Annual statistical returns and brief notes on vaccination in Bengal - 1896-1909
Year: 1896
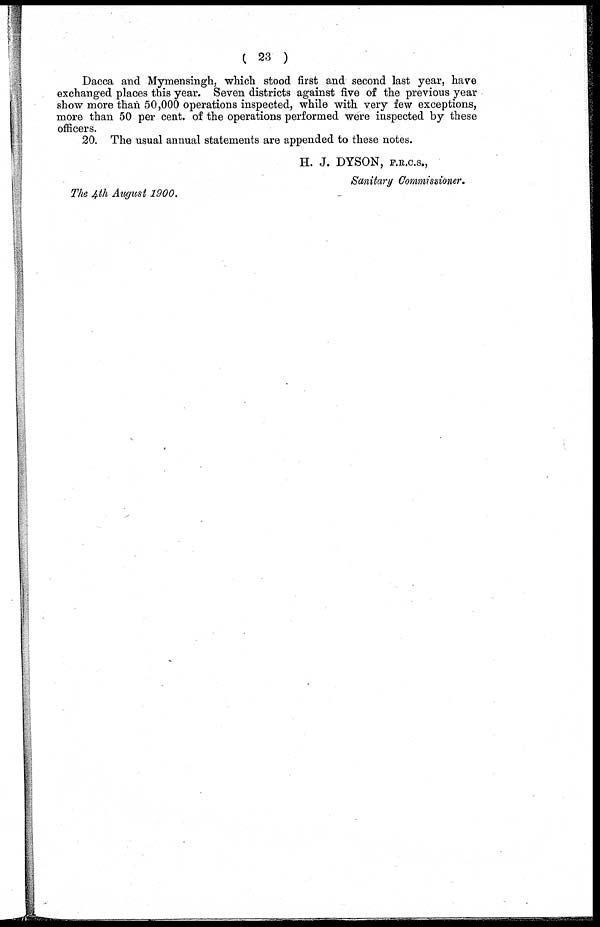
(23)
Dacca and Mymensingh, which stood first and second last year, have
exchanged places this year. Seven districts against five of the previous year
show more than 50,000 operations inspected, while with very few exceptions,
more than 50 per cent. of the operations performed were inspected by these
officers.
20. The usual annual statements are appended to these notes.
H. J. DYSON, F.R.C.S.,
Sanitary Commissioner.
The 4th August 1900.